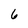
Character: 6